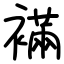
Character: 襔